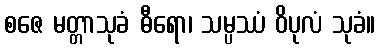
စဇေ မတ္တာသုခံ ဓီရော၊ သမ္ပဿံ ဝိပုလံ သုခံ။